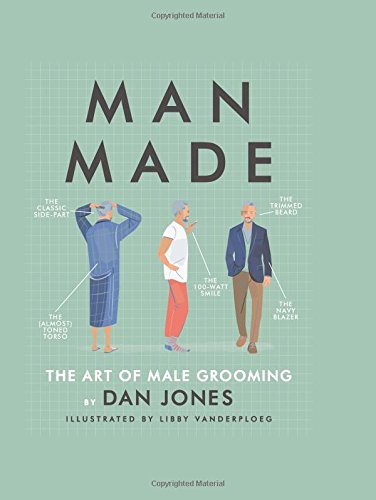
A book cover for Man Made: The Art of Male Grooming; Dan Jones; Health, Fitness & Dieting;